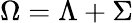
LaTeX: \Omega=\Lambda+\Sigma